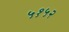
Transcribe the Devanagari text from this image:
५१५२